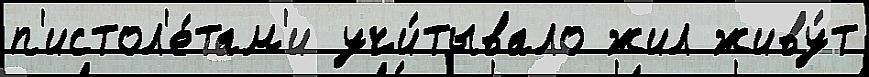
п'истол'е́там'и учи́тывало жил живу́т